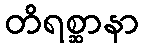
တိရစ္ဆာနာ